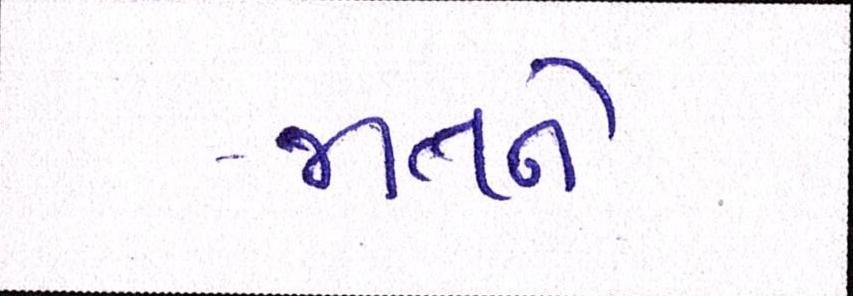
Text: જાતને